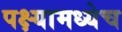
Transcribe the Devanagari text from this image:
पक्ष्यामध्येच